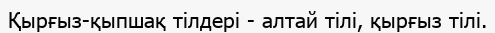
Қырғыз-қыпшақ тілдері - алтай тілі, қырғыз тілі.